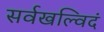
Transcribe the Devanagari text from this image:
सर्वखल्विदं